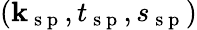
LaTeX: (\textbf{k}_{\mathrm{~s~p~}},t_{\mathrm{~s~p~}},s_{\mathrm{~s~p~}})